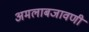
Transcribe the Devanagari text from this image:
अमलाबजावणी